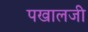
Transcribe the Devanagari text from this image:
पखालजी